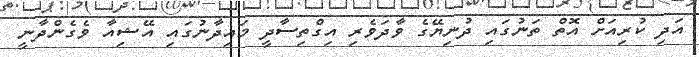
އަދި ކުރިއަށް އޮތް ތަނުގައި ދުނިޔޭގެ ވާދަވެރި އިގްތިސާދީ މައިދާނުގައި އޭޝިއާ ވެގެންދާނީ